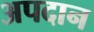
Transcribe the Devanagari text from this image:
अपदान